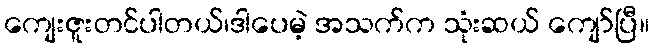
ကျေးဇူးတင်ပါတယ်၊ဒါပေမဲ့ အသက်က သုံးဆယ် ကျော်ပြီ။